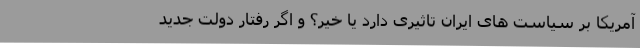
آمریکا بر سیاست های ایران تاثیری دارد یا خیر؟ و اگر رفتار دولت جدید